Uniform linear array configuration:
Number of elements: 32
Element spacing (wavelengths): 0.75
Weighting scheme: blackman
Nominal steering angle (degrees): -30
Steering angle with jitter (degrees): -29.385
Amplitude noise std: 0.05
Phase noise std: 0.05

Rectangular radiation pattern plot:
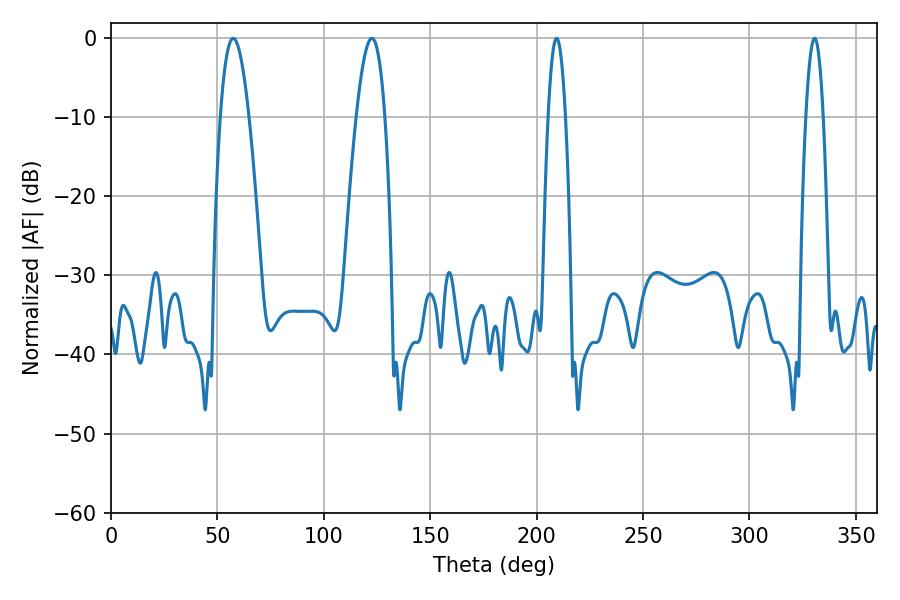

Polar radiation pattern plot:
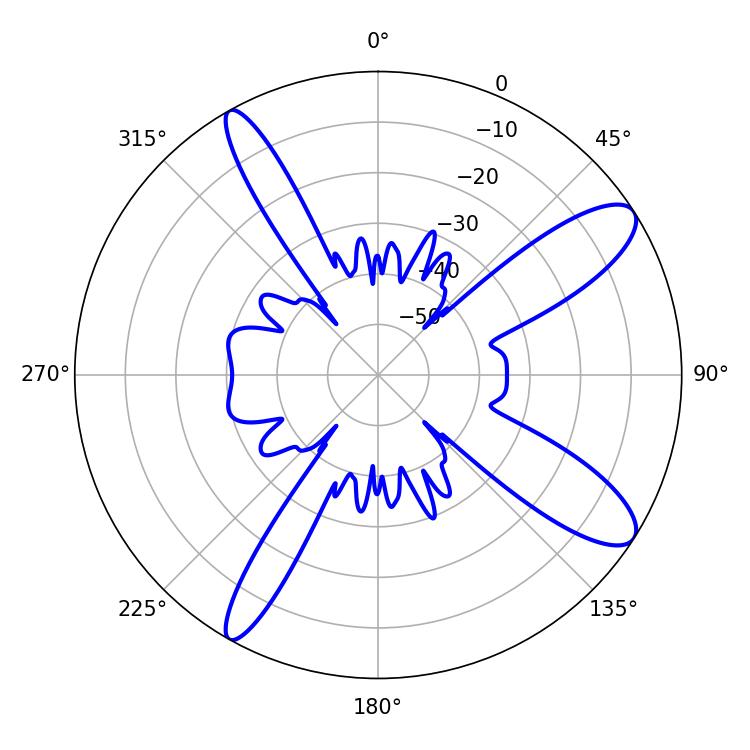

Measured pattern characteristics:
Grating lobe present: TRUE
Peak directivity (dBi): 11.219
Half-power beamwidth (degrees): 7.38
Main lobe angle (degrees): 57.42